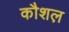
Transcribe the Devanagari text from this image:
कौशल़